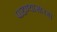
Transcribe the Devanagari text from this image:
पाहण्यासारखं